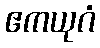
ဧကယုဂံ